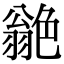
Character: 𦫫